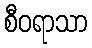
စီဝရာသာ